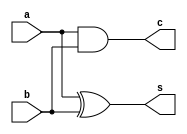
module ha(a,b,s,c);
  input a,b;
  output s,c;
  xor sum(s,a,b);
  and car(c,a,b);
endmodule